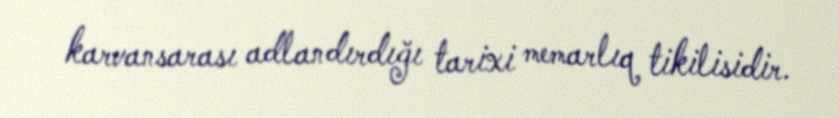
karvansarası adlandırdığı tarixi memarlıq tikilisidir.